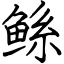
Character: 鲧